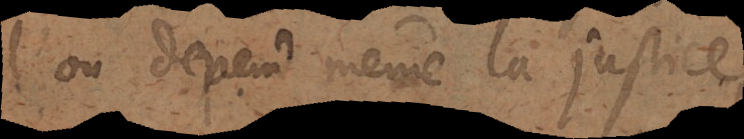
d’où depend même la justice,